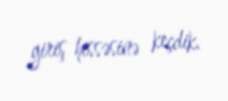
giriş hissəsinə keçdik.